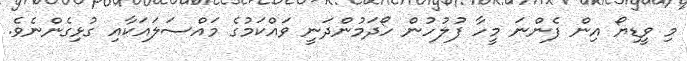
މި ވީޑިޔޯ އިން ފެންނަ މީހާ ފުލުހުން ހޯދަމުންދަނީ ވައްކަމުގެ މައްސަލައަކާއި ގުޅިގެންނެވެ.